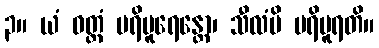
၃။ ယံ ဝတ္တံ ပရိပူရေန္တော၊ သီလံပိ ပရိပူရတိ။